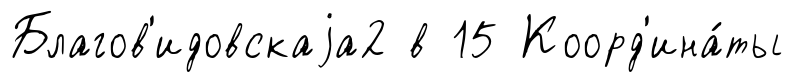
Благов'идовскаjа2 в 15 Коорд'ина́ты